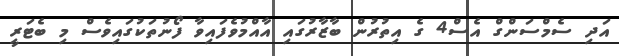
އަދި ސެމްސަންގް އެސް4 ގެ އިތުރުން ބާޒާރުގައި އާއްމުވެފައިވާ ފޯނުތަކުގައިވެސް މި ބެޓަރީ